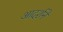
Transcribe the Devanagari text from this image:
आदर्शने